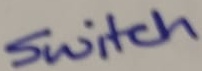
Text: Switch